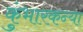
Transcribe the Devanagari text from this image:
कुंभारकन्या